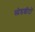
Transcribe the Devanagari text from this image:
स्प्रेडशीटों